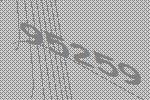
95259